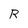
Character: R